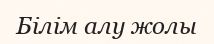
Білім алу жолы